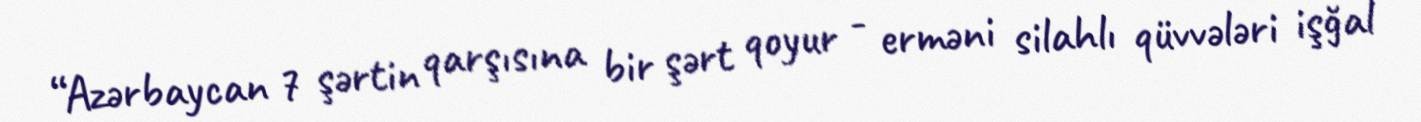
“Azərbaycan 7 şərtin qarşısına bir şərt qoyur - erməni silahlı qüvvələri işğal